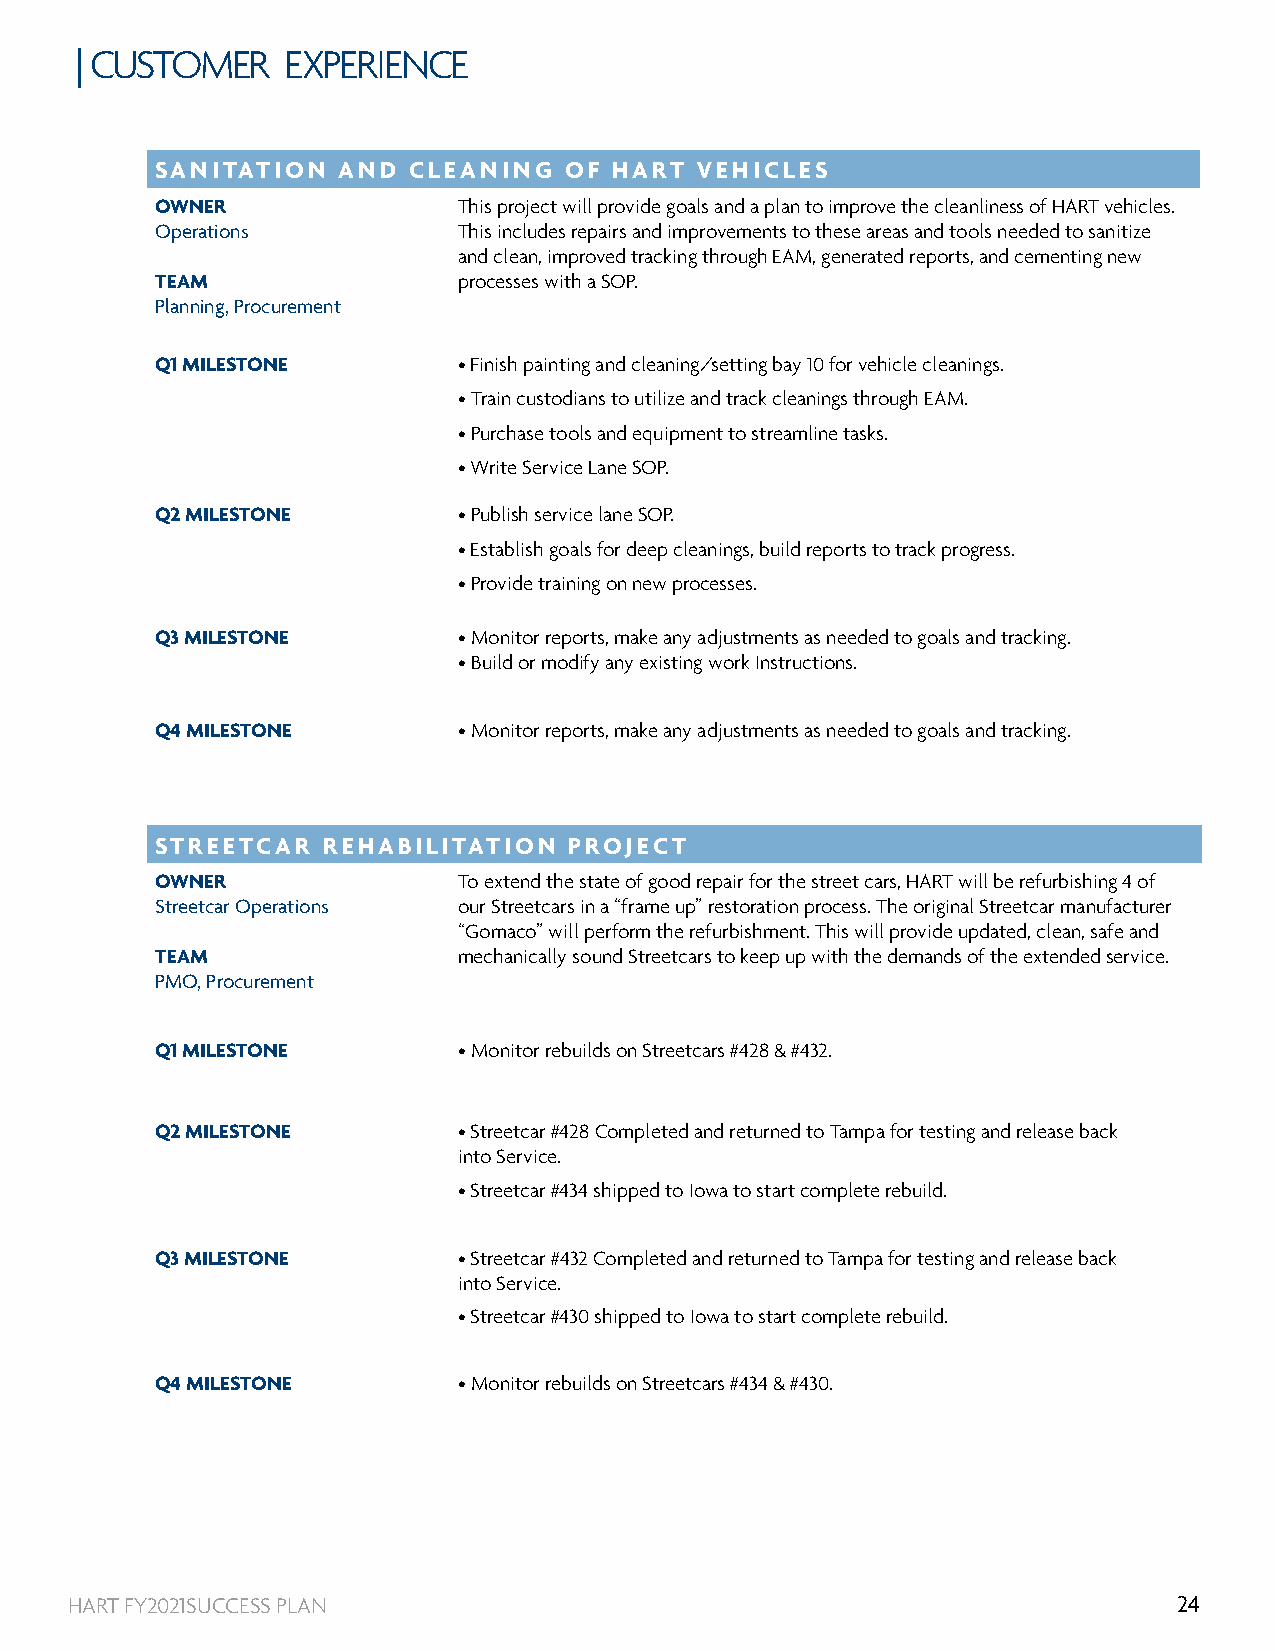
| CUSTOMER    EXPERIENCE
 SANITATION  AND  CLEANING  OF  HART VEHICLES
 OWNER               This project will provide goals and a plan to improve the cleanliness of HART vehicles.
 Operations          This includes repairs and improvements to these areas and tools needed to sanitize
 and clean, improved tracking through EAM, generated reports, and cementing new
 TEAM                processes with a SOP.
 Planning, Procurement
 Q1 MILESTONE        • Finish painting and cleaning/setting bay 10 for vehicle cleanings.
 • Train custodians to utilize and track cleanings through EAM.
 • Purchase tools and equipment to streamline tasks.
 • Write Service Lane SOP.
 Q2 MILESTONE        • Publish service lane SOP.
 • Establish goals for deep cleanings, build reports to track progress.
 • Provide training on new processes.
 Q3 MILESTONE        • Monitor reports, make any adjustments as needed to goals and tracking.
 • Build or modify any existing work Instructions.
 Q4 MILESTONE        • Monitor reports, make any adjustments as needed to goals and tracking.
 STREETCAR  REHABILITATION   PROJECT
 OWNER               To extend the state of good repair for the street cars, HART will be refurbishing 4 of
 Streetcar Operations our Streetcars in a “frame up” restoration process. The original Streetcar manufacturer
 “Gomaco” will perform the refurbishment. This will provide updated, clean, safe and
 TEAM                mechanically sound Streetcars to keep up with the demands of the extended service.
 PMO, Procurement
 Q1 MILESTONE        • Monitor rebuilds on Streetcars #428 & #432.
 Q2 MILESTONE        • Streetcar #428 Completed and returned to Tampa for testing and release back
 into Service.
 • Streetcar #434 shipped to Iowa to start complete rebuild.
 Q3 MILESTONE        • Streetcar #432 Completed and returned to Tampa for testing and release back
 into Service.
 • Streetcar #430 shipped to Iowa to start complete rebuild.
 Q4 MILESTONE        • Monitor rebuilds on Streetcars #434 & #430.
 HART FY2021SUCCESS PLAN                                                   24